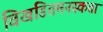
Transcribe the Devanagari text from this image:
विखंडितमनस्कता